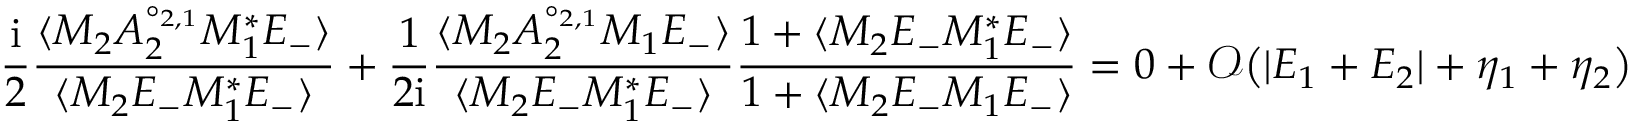
\frac { \mathrm { i } } { 2 } \frac { \langle M _ { 2 } A _ { 2 } ^ { \circ _ { 2 , 1 } } M _ { 1 } ^ { * } E _ { - } \rangle } { \langle M _ { 2 } E _ { - } M _ { 1 } ^ { * } E _ { - } \rangle } + \frac { 1 } { 2 \mathrm { i } } \frac { \langle M _ { 2 } A _ { 2 } ^ { \circ _ { 2 , 1 } } M _ { 1 } E _ { - } \rangle } { \langle M _ { 2 } E _ { - } M _ { 1 } ^ { * } E _ { - } \rangle } \frac { 1 + \langle M _ { 2 } E _ { - } M _ { 1 } ^ { * } E _ { - } \rangle } { 1 + \langle M _ { 2 } E _ { - } M _ { 1 } E _ { - } \rangle } = 0 + \mathcal { O } \big ( | E _ { 1 } + E _ { 2 } | + \eta _ { 1 } + \eta _ { 2 } \big )